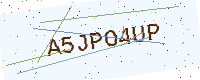
Text: A5JPO4UP